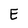
Character: E